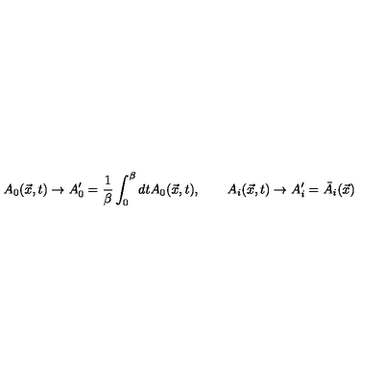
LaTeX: A _ { 0 } ( \vec { x } , t ) \rightarrow A _ { 0 } ^ { \prime } = { \frac { 1 } { \beta } } \int _ { 0 } ^ { \beta } d t A _ { 0 } ( \vec { x } , t ) , \qquad A _ { i } ( \vec { x } , t ) \rightarrow A _ { i } ^ { \prime } = \bar { A } _ { i } ( \vec { x } )